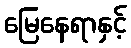
မြေနေရာနှင့်